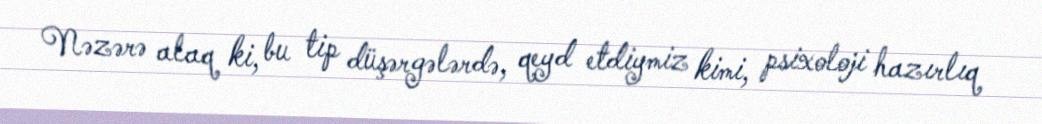
Nəzərə alaq ki, bu tip düşərgələrdə, qeyd etdiymiz kimi, psixoloji hazırlıq